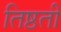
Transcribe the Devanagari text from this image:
तिष्ठती